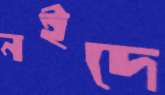
নইদে